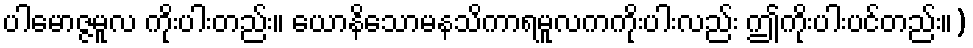
ပါမောဇ္ဇမူလ ကိုးပါးတည်း။ ယောနိသောမနသိကာရမူလကကိုးပါးလည်း ဤကိုးပါးပင်တည်း။)